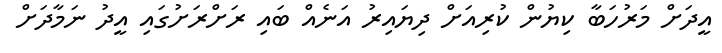
އީދަށް މަރުހަބާ ކިޔުން ކުރިއަށް ދިޔައިރު އަނެއް ބައި ރަށްރަށުގައި އީދު ނަމާދަށް